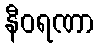
နီဝရဏာ